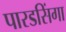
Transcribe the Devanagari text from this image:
पारडसिंगा